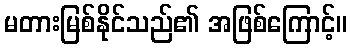
မတားမြစ်နိုင်သည်၏ အဖြစ်ကြောင့်။